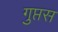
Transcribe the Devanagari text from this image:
गुप्तस